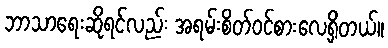
ဘာသာရေးဆိုရင်လည်း အရမ်းစိတ်ဝင်စားလေ့ရှိတယ်။